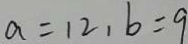
a = 1 2 , b = 9